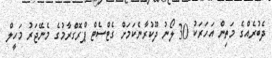
ދެބުރެއްގެ މަތިން އަހަރަކު 30 ލޯނު ދޫކުރާނެކަމަށް ގެޓްސެޓް ޕްރޮގްރާމުގެ މެނޭޖަރު މަހީލް